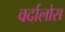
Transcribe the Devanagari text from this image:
वर्दालोस